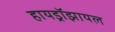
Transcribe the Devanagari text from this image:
हायड्रॉझायल